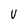
Character: V